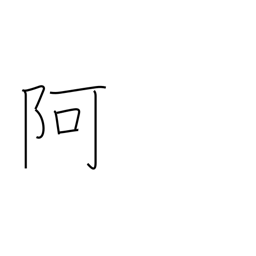
Meaning: nook